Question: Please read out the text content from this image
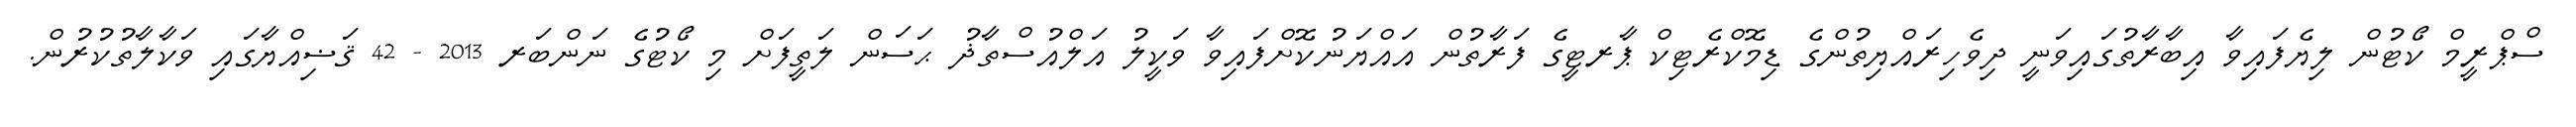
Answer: ސްޕްރީމް ކޯޓުން ލިޔެފައިވާ އިބާރާތުގައިވަނީ ދިވެހިރައްޔިތުންގެ ޑިމޮކްރެޓިކް ޕާރޓީގެ ފަރާތުން އައްޔަނުކޮށްފައިވާ ވަކީލު އަލްއުސްތާޛު ޙަސަން ލަތީފަށް މި ކޯޓުގެ ނަންބަރ 2013 - 42 ޤަޟިއްޔާގައި ވަކާލާތުކުރުން.